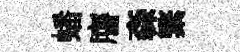
蟠譍森繁